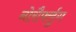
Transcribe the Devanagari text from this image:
नोरौर्फ्लुग